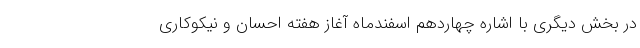
در بخش دیگری با اشاره چهاردهم اسفندماه آغاز هفته احسان و نیکوکاری